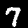
Digit: 7